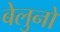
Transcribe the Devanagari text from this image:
बेलुनो